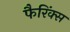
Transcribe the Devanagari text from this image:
फैरिंक्स